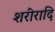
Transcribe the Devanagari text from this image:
शरीरादि